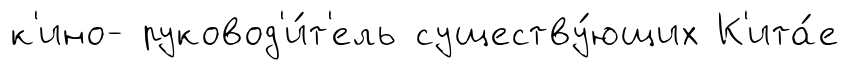
к'ино- руковод'и́т'ель существу́ющих К'ита́е